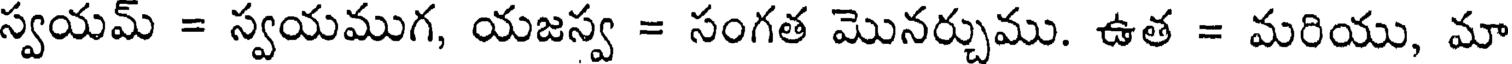
స్వయమ్ = స్వయముగ, యజస్వ = సంగత మొనర్చుము. ఉత = మరియు, మా